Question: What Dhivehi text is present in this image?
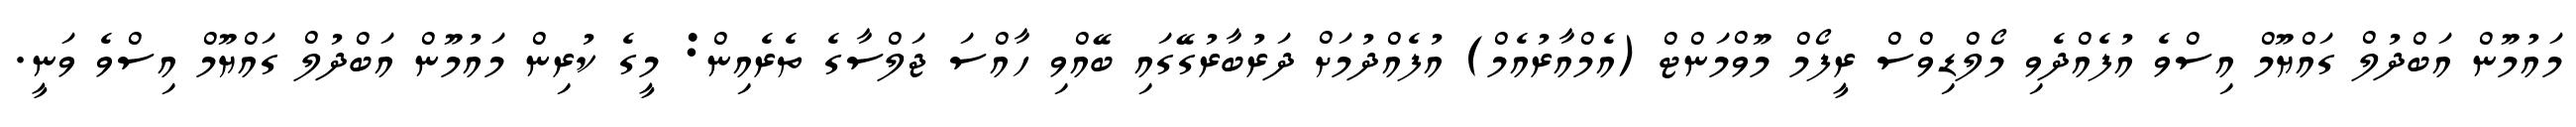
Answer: މައުމޫން އަބްދުލް ގައްޔޫމް އިސްވެ އުފެއްދެވި މޯލްޑިވްސް ރީފޯމް މޫވްމަންޓް (އެމްއާރުއެމް) އުފެއްދުމަށް ދަރުބާރުގޭގައި ބޭއްވި ހާއްސަ ޖަލްސާގެ ތެރެއިން: މީގެ ކުރިން މައުމޫން އަބްދުލް ގައްޔޫމް އިސްވެ ވަނީ.